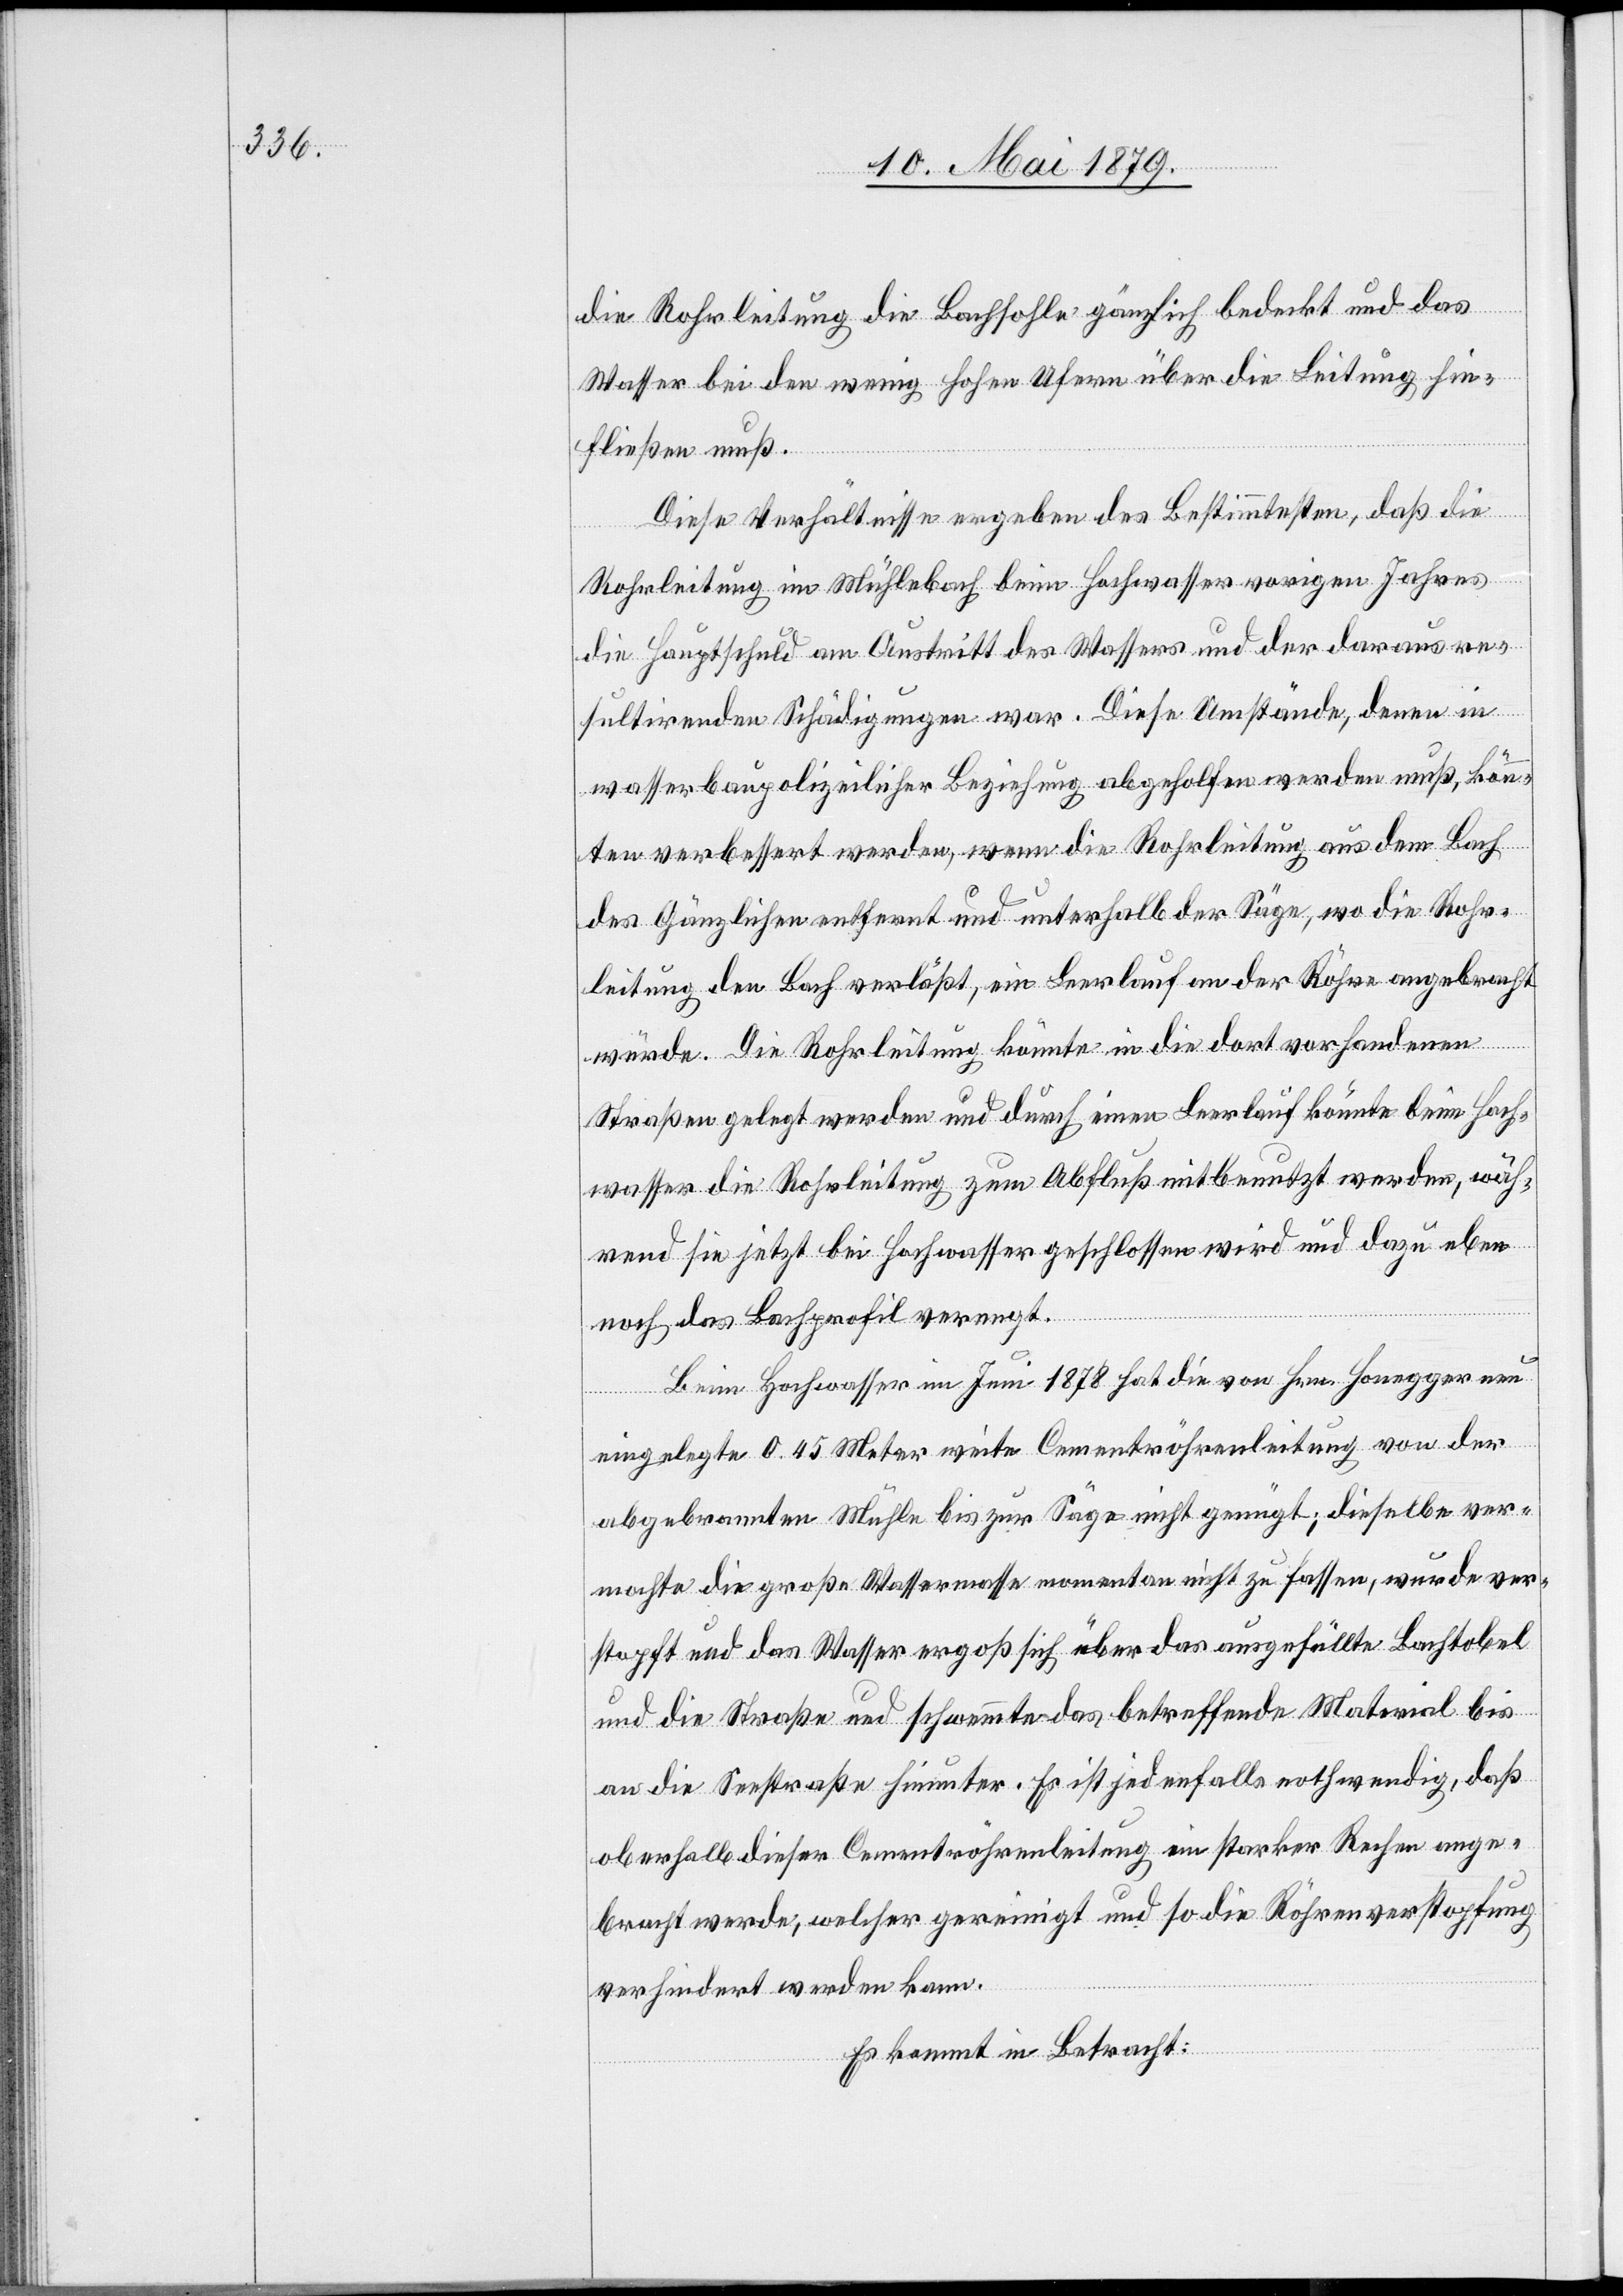
die Rohrleitung die Bachsohle gänzlich bedeckt und das
Wasser bei den wenig hohen Ufern über die Leitung hin¬
fließen muß.
Diese Verhältnisse ergeben des Bestimmtesten, daß die
Rohrleitung im Mühlebach beim Hochwasser vorigen Jahres
die Hauptschuld am Austritt des Wassers und der daraus re¬
sultirenden Schädigungen war. Diese Umstände, denen in
wasserbaupolizeilicher Beziehung abgeholfen werden muß, könn¬
ten verbessert werden, wenn die Rohrleitung aus dem Bach
des Gänzlichen entfernt und unterhalb der Säge, wo die Rohr¬
leitung den Bach verläßt, ein Leerlauf an der Röhre angebracht
würde. Die Rohrleitung könnte in die dort vorhandenen
Straßen gelegt werden und durch einen Leerlauf könnte beim Hoch¬
wasser die Rohrleitung zum Abfluß mitbenutzt werden, wäh¬
rend sie jetzt bei Hochwasser geschlossen wird und dazu eben
noch das Bachprofil verengt.
Beim Hochwasser im Juni 1878 hat die von Hrn. Honegger neu
eingelegte 0.45 Meter weite Cementröhrenleitung von der
abgebrannten Mühle bis zur Säge nicht genügt; dieselbe ver¬
mochte die große Wassermasse momentan nicht zu fassen, wurde ver¬
stopft und das Wasser ergoß sich über das ausgefüllte Bachtobel
und die Straße und schwemmte das betreffende Material bis
an die Seestraße hinunter. Es ist jedenfalls nothwendig, daß
oberhalb dieser Cementröhrenleitung ein starker Rechen ange¬
bracht werde, welcher gereinigt und so die Röhrenverstopfung
verhindert werden kann.
Es kommt in Betracht: